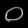
Digit: ၀